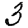
Digit: 3